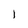
Character: l